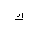
Letter: _kaf